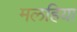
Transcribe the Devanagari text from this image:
मलहिया